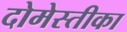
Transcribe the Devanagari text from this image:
दोमेस्तीका